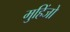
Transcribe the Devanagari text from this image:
मुहिंजो